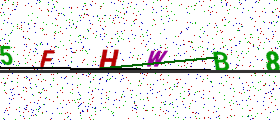
Text: 5FHWB8